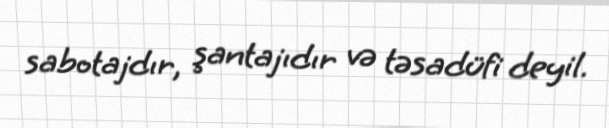
sabotajdır, şantajıdır və təsadüfi deyil.